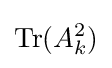
\operatorname {Tr} (A_{k}^{2})